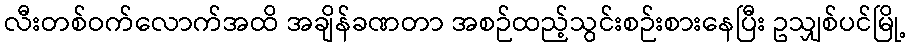
လီးတစ်ဝက်လောက်အထိ အချိန်ခဏတာ အစဉ်ထည့်သွင်းစဉ်းစားနေပြီး ဥသျှစ်ပင်မြို့